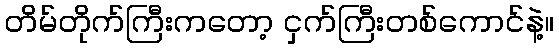
တိမ်တိုက်ကြီးကတော့ ငှက်ကြီးတစ်ကောင်နဲ့။